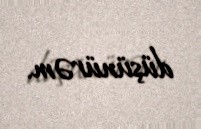
düşünürəm.